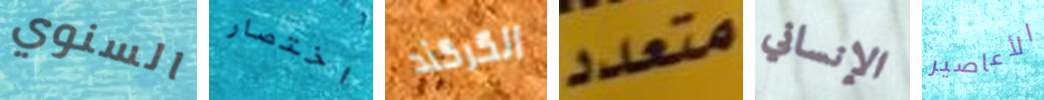
السنوي اختصار الكركند متعدد الإنساني الأعاصير